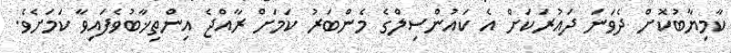
ކާމިޔާބުކޮށް ދެވަނަ ދައުރަކަށް އެ ކައުންސިލްގެ މެންބަރު ކަމަށް ރާއްޖެ އިންތިޚާބުވެފައިވާ ކަމަށެވެ.